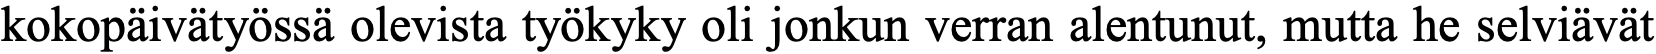
kokopäivätyössä olevista työkyky oli jonkun verran alentunut, mutta he selviävät